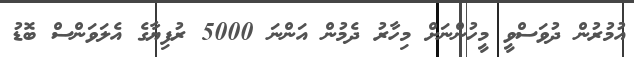
އުމުރުން ދުވަސްވީ މީހުންނަށް މިހާރު ދެމުން އަންނަ 5000 ރުފިޔާގެ އެލަވަންސް ބޮޑު